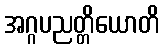
အဂ္ဂပညတ္တိယောတိ